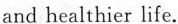
and healthier life.